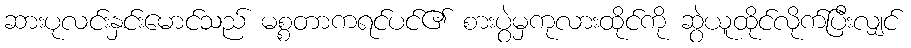
ဆားပုလင်းနှင်းမောင်သည် မစ္စတာကရင်ပင်၏ စားပွဲမှကုလားထိုင်ကို ဆွဲယူထိုင်လိုက်ပြီးလျှင်